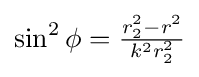
{\textstyle \sin ^{2}\phi ={\frac {r_{2}^{2}-r^{2}}{k^{2}r_{2}^{2}}}}